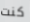
كنت